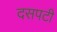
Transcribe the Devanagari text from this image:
दसपटी